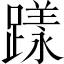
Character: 𨄶